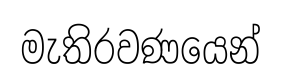
මැතිරවණයෙන්